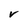
Character: V